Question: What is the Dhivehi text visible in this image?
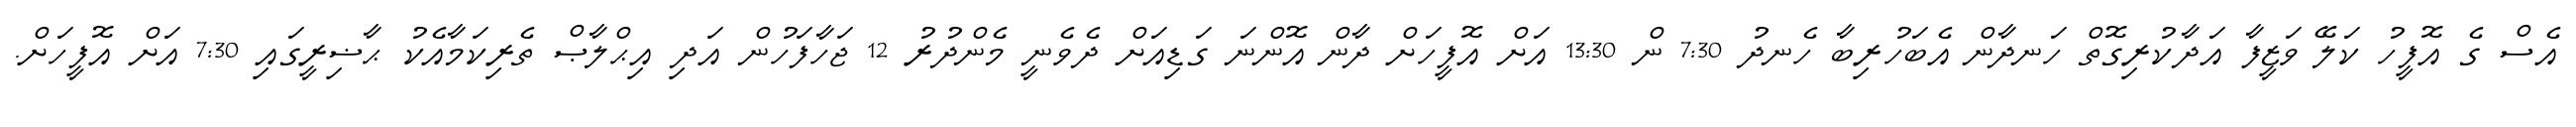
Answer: އެސް ގެ އޮފީހު ކަލޭ ވަޒީފާ އަދާކުރިގޮތް ހަނދާން އެބަހުރިބާ ހެނދު 7:30 ން 13:30 އަށް އޮފީހަށް ދާން އޮންނަ ގަޑިއަށް ދެވެނީ މެންދުރު 12 ޖަހާފަހުން އަދި އިޙްލާޞް ތެރިކަމާއެކު ޙާޟިރީގައި 7:30 އަށް އޮފީހަށް.